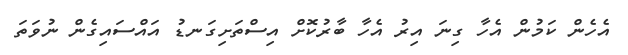
އެހެން ކަމުން އެހާ ގިނަ އިރު އެހާ ބާރުކޮށް އިސްތަށިގަނޑު އައްސައިގެން ނުވަތަ